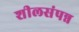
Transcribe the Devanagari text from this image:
शीलसंपन्न